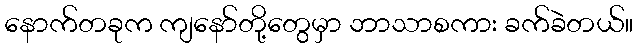
နောက်တခုက ကျနော်တို့တွေမှာ ဘာသာစကား ခက်ခဲတယ်။